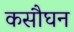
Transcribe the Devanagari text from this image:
कसौघन